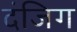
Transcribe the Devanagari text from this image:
दंजिग